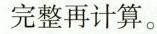
完整再计算。